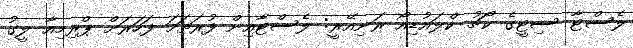
ލެސްޓާ ސިޓީގެ ކޯޗު ކްލައުޑިއޯ ރަނިއޭރީ: ލެސްޓާއިން ފުރަތަމަ ފަހަރަށް ޕްރިމިއާ ލީގު